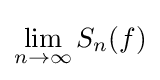
\lim _{n\to \infty }S_{n}(f)